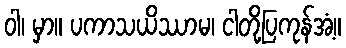
ဝါ၊ မှာ။ ပကာသယိဿာမ၊ ငါတို့ပြကုန်အံ့။